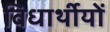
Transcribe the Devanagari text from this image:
विधार्थीयों